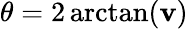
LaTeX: \theta=2\arctan(\mathbf{v})